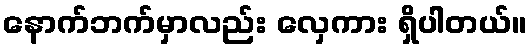
နောက်ဘက်မှာလည်း လှေကား ရှိပါတယ်။